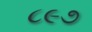
૮૯૭